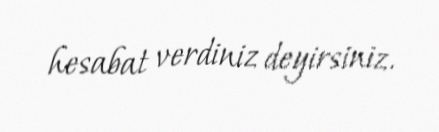
hesabat verdiniz deyirsiniz.